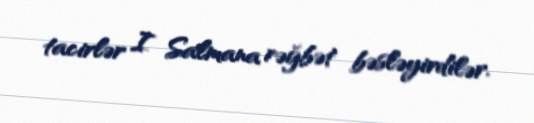
tacirlər I Salmana rəğbət bəsləyirdilər.